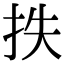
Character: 抶